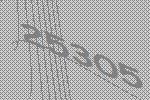
25305